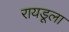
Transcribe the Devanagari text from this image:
रायडूला